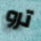
ترو